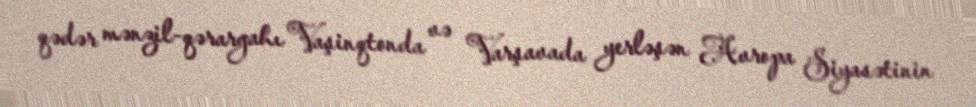
qədər mənzil-qərargahı Vaşinqtonda və Varşavada yerləşən Avropa Siyasətinin